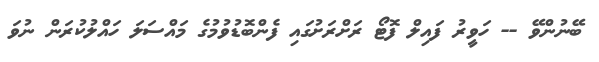
ބޭނުންވޭ -- ހަވީރު ފައިލް ފޮޓޯ ރަށްރަށުގައި ފެންބޮޑުވުމުގެ މައްސަލަ ހައްލުކުރަން ނުވަ